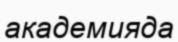
академияда